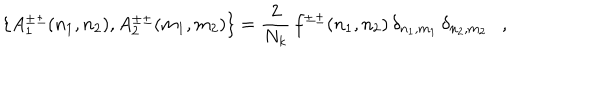
\{ A _ { 1 } ^ { \pm \pm } ( n _ { 1 } , n _ { 2 } ) , A _ { 2 } ^ { \pm \pm } ( m _ { 1 } , m _ { 2 } ) \} = \frac { 2 } { N _ { k } } \, f ^ { \pm \pm } ( n _ { 1 } , n _ { 2 } ) \, \delta _ { n _ { 1 } , m _ { 1 } } \, \delta _ { n _ { 2 } , m _ { 2 } } \ \ \ ,